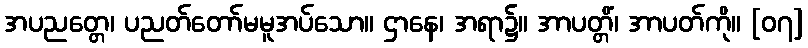
အပညတ္တေ၊ ပညတ်တော်မမူအပ်သော။ ဌာနေ၊ အရာ၌။ အာပတ္တိံ၊ အာပတ်ကို။ [၀၇]